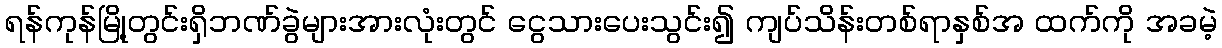
ရန်ကုန်မြို့တွင်းရှိဘဏ်ခွဲများအားလုံးတွင် ငွေသားပေးသွင်း၍ ကျပ်သိန်းတစ်ရာနှစ်အ ထက်ကို အခမဲ့